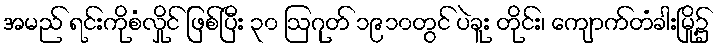
အမည် ရင်းကိုစံလှိုင် ဖြစ်ပြီး ၃၀ ဩဂုတ် ၁၉၁၀တွင် ပဲခူး တိုင်း၊ ကျောက်တံခါးမြို့၌